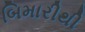
બિમારીથી